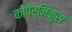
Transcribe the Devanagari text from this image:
कोपेर्निकुस